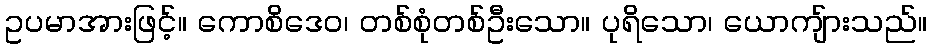
ဥပမာအားဖြင့်။ ကောစိဒေဝ၊ တစ်စုံတစ်ဦးသော။ ပုရိသော၊ ယောကျ်ားသည်။